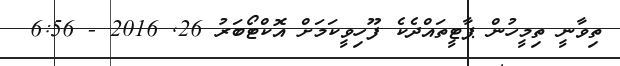
ތިވާނީ ތިމީހުން ޕާޓީތައްދެކެ ފޫހިވީކަމަށް އޮކްޓޯބަރު 26